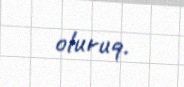
oluruq.